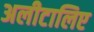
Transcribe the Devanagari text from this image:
अलीटालिए